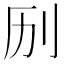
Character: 𫥳